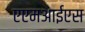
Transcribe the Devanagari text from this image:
एएमआईएस